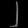
Digit: ၂